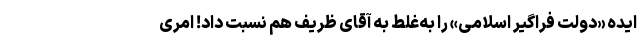
ایده «دولت فراگیر اسلامی» را به‌غلط به ‌آقای ظریف هم نسبت داد! امری